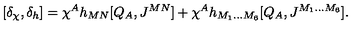
[ \delta _ { \chi } , \delta _ { h } ] = \chi ^ { A } h _ { M N } [ Q _ { A } , J ^ { M N } ] + \chi ^ { A } h _ { M _ { 1 } \ldots M _ { 6 } } [ Q _ { A } , J ^ { M _ { 1 } \ldots M _ { 6 } } ] .